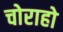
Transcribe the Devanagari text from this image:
चोराहो